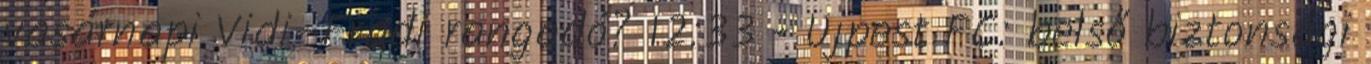
vasárnapi Vidi–Fradi rangadó? 12:33 - Újpest FC: belső biztonsági